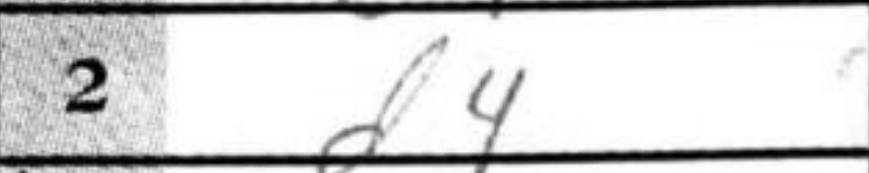
Transcription: d4